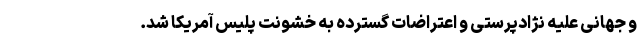
و جهانی علیه نژادپرستی و اعتراضات گسترده به خشونت پلیس آمریکا شد.